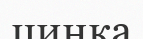
цинка